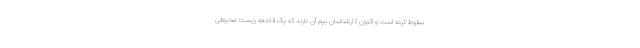
سقوط کرده است و اکنون کارشناسان بیم آن دارند که یک فاجعه زیست محیطی